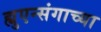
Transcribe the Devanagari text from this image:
ह्युएन्संगाच्या